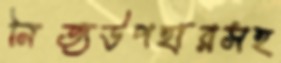
নিত্যউপহারসহ